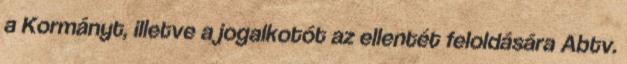
a Kormányt, illetve a jogalkotót az ellentét feloldására Abtv.